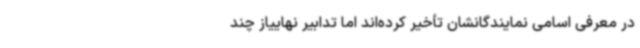
در معرفی اسامی نمایندگانشان تأخیر کرده‌اند اما تدابیر نهاییاز چند